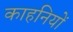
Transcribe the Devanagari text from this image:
काहनियों